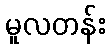
မူလတန်း